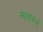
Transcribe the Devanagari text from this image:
सतारन